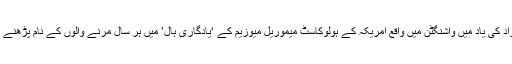
ہولوکاسٹ میں ہلاک ہونے والے افراد کی یاد میں واشنگٹن میں واقع امریکہ کے ہولوکاسٹ میموریل میوزیم کے ‘یادگاری ہال’ میں ہر سال مرنے والوں کے نام پڑھنے کی ایک تقریب منعقد کی جاتی ہے۔